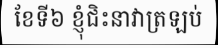
ខែទី៦ ខ្ញុំជិះនាវាត្រឡប់